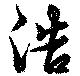
浩